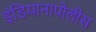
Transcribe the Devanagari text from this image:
इंडियानापोलीस